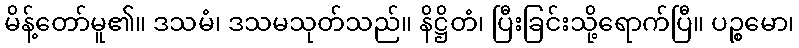
မိန့်တော်မူ၏။ ဒသမံ၊ ဒသမသုတ်သည်။ နိဋ္ဌိတံ၊ ပြီးခြင်းသို့ရောက်ပြီ။ ပဉ္စမော၊